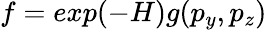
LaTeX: f=exp(-H)g(p_{y},p_{z})